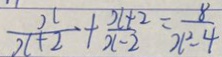
\frac { x } { x + 2 } + \frac { x + 2 } { x - 2 } = \frac { 8 } { x ^ { 2 } - 4 }